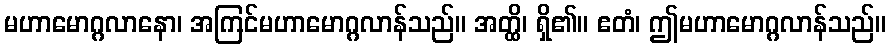
မဟာမောဂ္ဂလာနော၊ အကြင်မဟာမောဂ္ဂလာန်သည်။ အတ္ထိ၊ ရှိ၏။ ဧတံ၊ ဤမဟာမောဂ္ဂလာန်သည်။